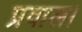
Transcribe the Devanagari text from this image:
प्रवाल।